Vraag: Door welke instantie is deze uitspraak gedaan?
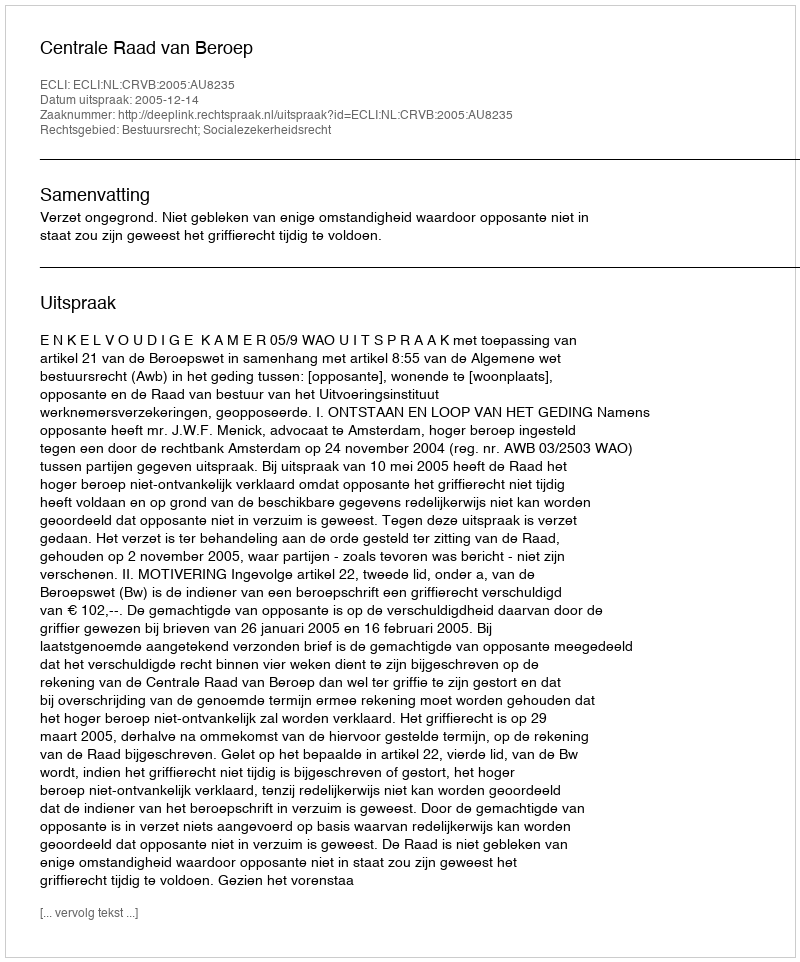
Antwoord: Centrale Raad van Beroep